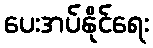
ပေးအပ်နိုင်ရေး